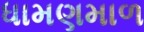
ધામણમાળ